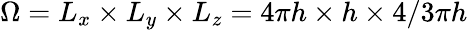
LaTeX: \Omega=L_{x}\times L_{y}\times L_{z}=4\pi h\times h\times 4/3\pi h